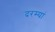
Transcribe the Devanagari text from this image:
दरम्यां